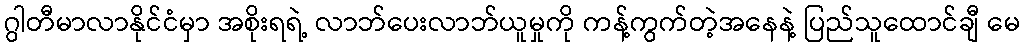
ဂွါတီမာလာနိုင်ငံမှာ အစိုးရရဲ့ လာဘ်ပေးလာဘ်ယူမှုကို ကန့်ကွက်တဲ့အနေနဲ့ ပြည်သူထောင်ချီ မေ